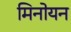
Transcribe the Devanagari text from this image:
मिनोयन